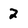
Character: 2